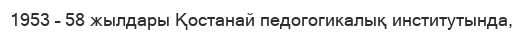
1953 – 58 жылдары Қостанай педогогикалық институтында,